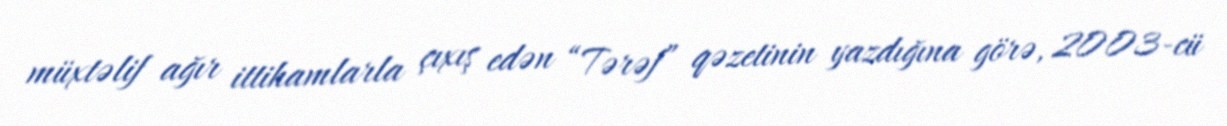
müxtəlif ağır ittihamlarla çıxış edən “Tərəf” qəzetinin yazdığına görə, 2003-cü